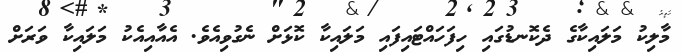
މާލިކު މަލައިކާގެ ދެކޮނޑުގައި ހިފަހައްޓައިފައި މަލައިކާ ކޮޅަށް ނެގުވިއެވެ. އެއާއިއެކު މަލައިކާ ވަރަށް